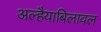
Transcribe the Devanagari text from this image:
अल्हैयाबिलावल